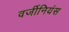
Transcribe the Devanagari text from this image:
वर्जीनियंस